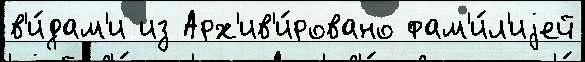
в'и́дам'и из Арх'ив'и́ровано фам'и́л'иjей